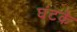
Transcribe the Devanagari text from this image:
घंटके